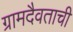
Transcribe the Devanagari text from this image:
ग्रामदैवताची